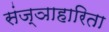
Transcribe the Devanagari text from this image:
संज्ञाहारिता